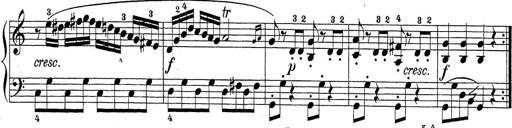
Title: Sonatina Album
Composer: Louis KÃ¶hler